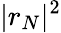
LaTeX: |r_{N}|^{2}